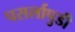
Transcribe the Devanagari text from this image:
पसर्लापुडी